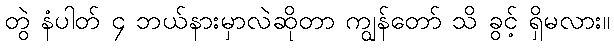
တွဲ နံပါတ် ၄ ဘယ်နားမှာလဲဆိုတာ ကျွန်တော် သိ ခွင့် ရှိမလား။